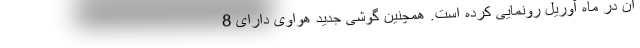
آن در ماه آوریل رونمایی کرده است. همچنین گوشی جدید هواوی دارای 8